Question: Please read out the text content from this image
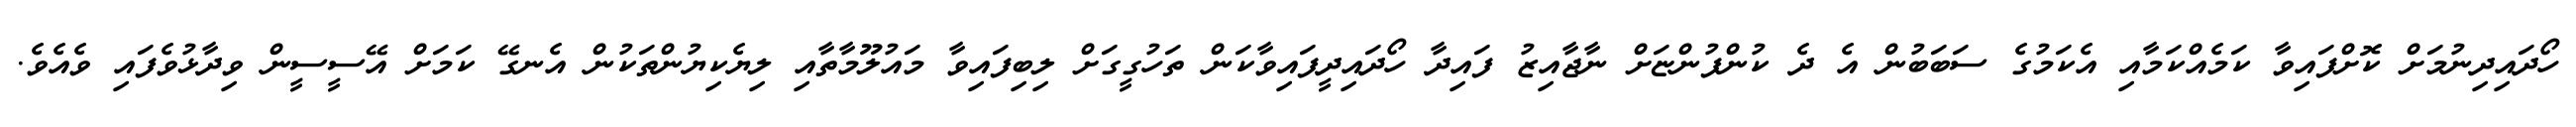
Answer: ހޯދައިދިނުމަށް ކޮށްފައިވާ ކަމެއްކަމާއި އެކަމުގެ ސަބަބުން އެ ދެ ކުންފުންޏަށް ނާޖާއިޒު ފައިދާ ހޯދައިދީފައިވާކަން ތަހުގީގަށް ލިބިފައިވާ މައުލޫމާތާއި ލިޔެކިޔުންތަކުން އެނގޭ ކަމަށް އޭސީސީން ވިދާޅުވެފައި ވެއެވެ.